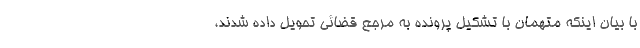
با بیان اینکه متهمان با تشکیل پرونده به مرجع قضائی تحویل داده شدند،